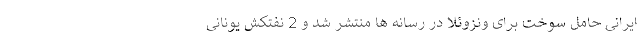
ایرانی حامل سوخت برای ونزوئلا در رسانه ها منتشر شد و 2 نفتکش یونانی